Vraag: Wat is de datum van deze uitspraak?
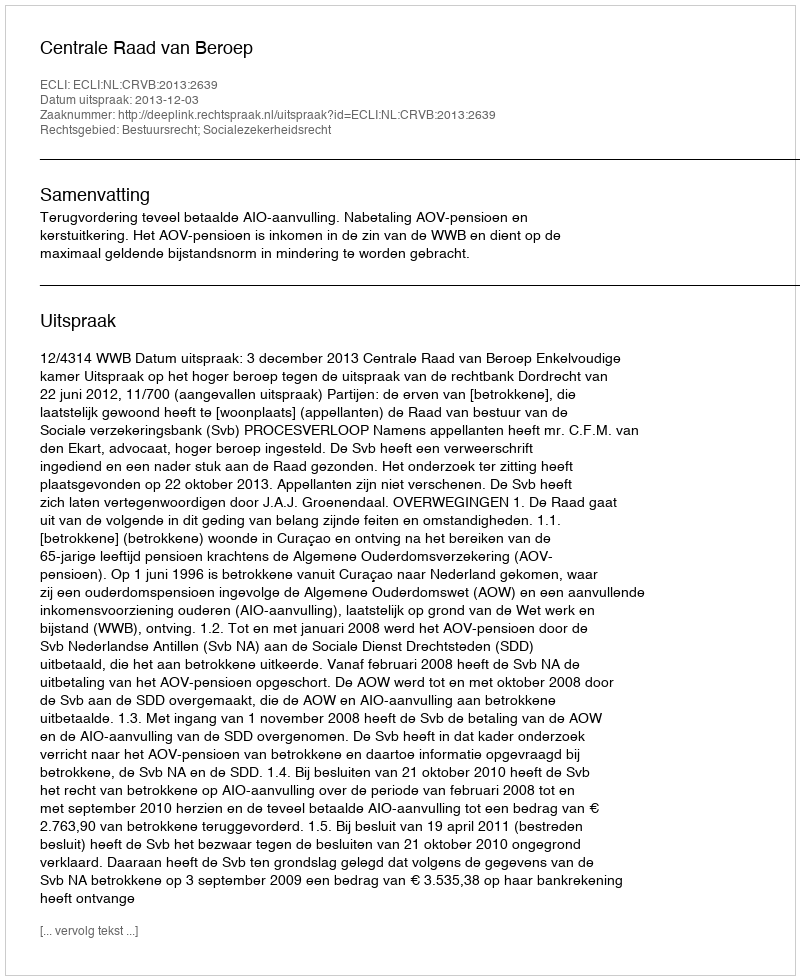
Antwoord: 2013-12-03